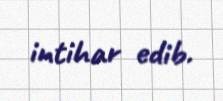
intihar edib.